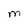
Character: M